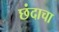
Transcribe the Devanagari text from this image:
छंदाचा